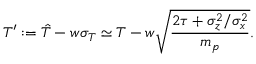
T ^ { \prime } : = \hat { T } - w \sigma _ { T } \simeq T - w \sqrt { \frac { 2 \tau + \sigma _ { z } ^ { 2 } / \sigma _ { x } ^ { 2 } } { m _ { p } } } .